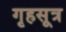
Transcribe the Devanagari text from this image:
गृहसूत्र